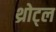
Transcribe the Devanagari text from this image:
थ्रोट्ल